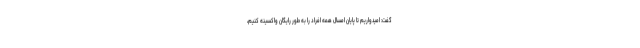
گفت: امیدواریم تا پایان امسال همه افراد را به طور رایگان واکسینه کنیم،